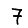
Digit: 7